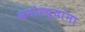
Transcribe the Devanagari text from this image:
समोरच्यांना